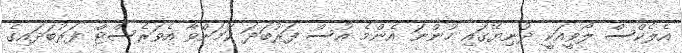
އެލެކްސް ލޯވީއަކީ ދުނިޔޭގައި ހުންނަ އެންމެ އުސް ފަރުބަދަ ކަމަށްވާ އެވަރެސްޓް ފަރުބަދައިގެ